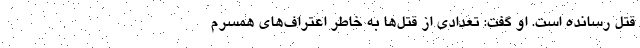
قتل رسانده است. او گفت: تعدادی از قتل‌ها به ‌خاطر اعتراف‌های همسرم